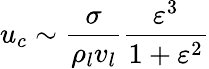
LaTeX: {u_{c}}\sim\frac{\sigma}{{{\rho_{l}}{v_{l}}}}\frac{{{\varepsilon^{3}}}}{{1+{\varepsilon^{2}}}}